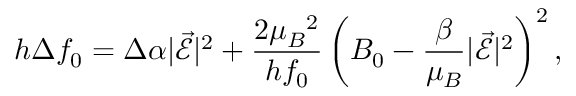
h \Delta f _ { 0 } = \Delta \alpha | \vec { \mathcal { E } } | ^ { 2 } + \frac { 2 { \mu _ { B } } ^ { 2 } } { h f _ { 0 } } \left( B _ { 0 } - \frac { \beta } { \mu _ { B } } | \vec { \mathcal { E } } | ^ { 2 } \right) ^ { 2 } ,